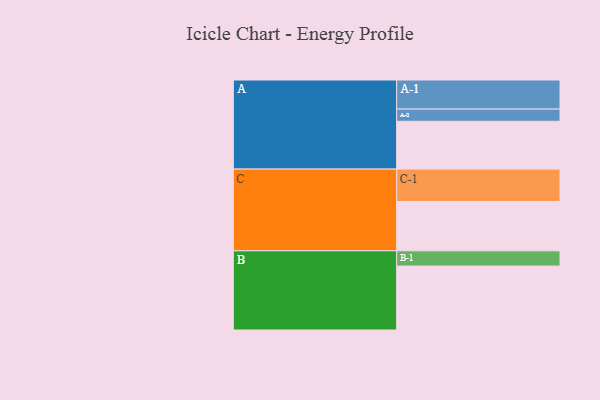
{"axis": {"x": "Segment", "y": "Value"}, "legend": ["", "A", "B", "C"], "data": [{"x": "A", "y": 439, "type": ""}, {"x": "B", "y": 587, "type": ""}, {"x": "C", "y": 452, "type": ""}, {"x": "A-1", "y": 267, "type": "A"}, {"x": "A-2", "y": 112, "type": "A"}, {"x": "B-1", "y": 140, "type": "B"}, {"x": "C-1", "y": 298, "type": "C"}]}